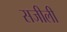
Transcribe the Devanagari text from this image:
सजीली